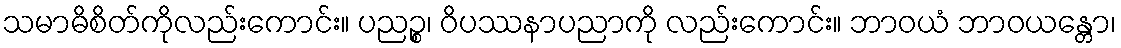
သမာဓိစိတ်ကိုလည်းကောင်း။ ပညဉ္စ၊ ဝိပဿနာပညာကို လည်းကောင်း။ ဘာဝယံ ဘာဝယန္တော၊